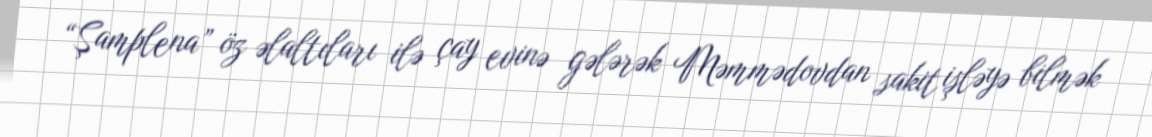
“Şamplena” öz əlaltıları ilə çay evinə gələrək Məmmədovdan sakit işləyə bilmək